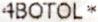
4BOTOL *